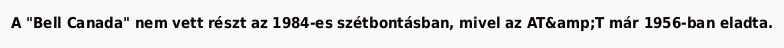
A "Bell Canada" nem vett részt az 1984-es szétbontásban, mivel az AT&amp;T már 1956-ban eladta.